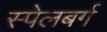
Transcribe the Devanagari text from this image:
स्पेलबर्ग